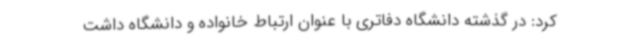
کرد: در گذشته دانشگاه دفاتری با عنوان ارتباط خانواده و دانشگاه داشت